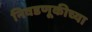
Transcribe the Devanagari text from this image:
निवडणूकीच्या